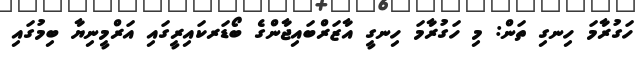
ހަގުރާމަ ހިނގި ތަން: މި ހަގުރާމަ ހިނގީ އާޒަރްބައިޖާންގެ ބޯޑަރކައިރީގައި އަރްމީނިޔާ ބިމުގައި